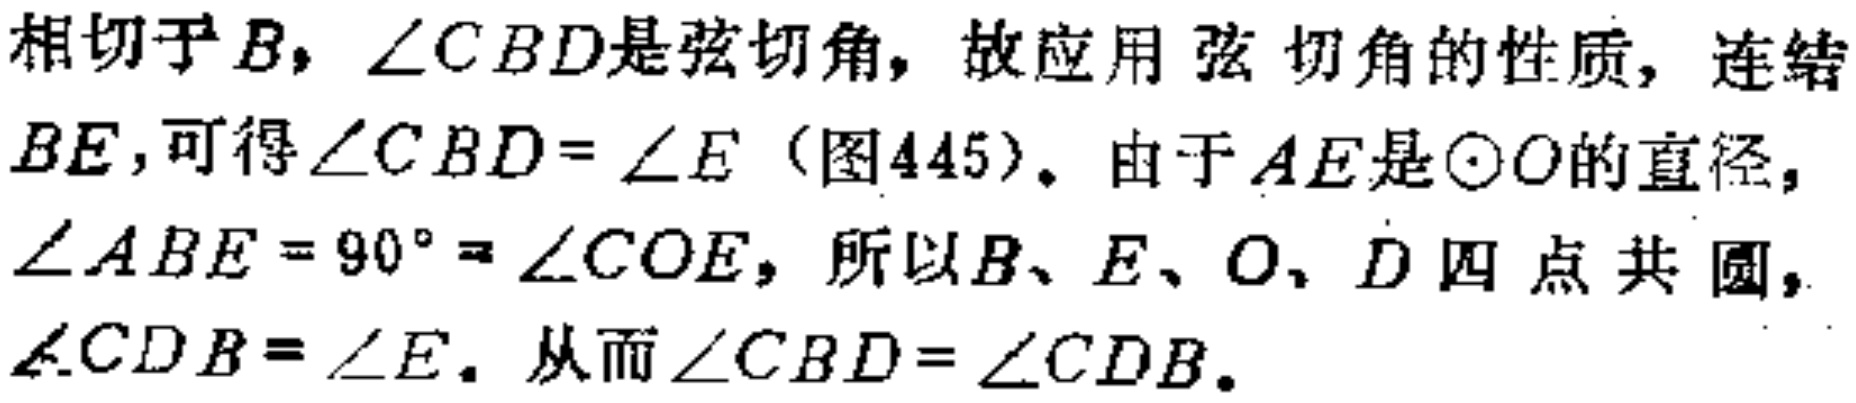
相切于\(B\)，\(\angle CBD\)是弦切角，故应用弦切角的性质，连结\(BE\)，可得\(\angle CBD = \angle E\)（图445）。由于\(AE\)是\(\odot O\)的直径，\(\angle ABE = 90^{\circ} = \angle COE\)，所以\(B、E、O、D\)四点共圆，\(\angle CDB = \angle E\)。从而\(\angle CBD = \angle CDB\)。